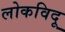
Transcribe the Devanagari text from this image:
लोकविदू